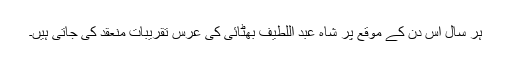
ہر سال اس دن کے موقع پر شاہ عبد اللطیف بھٹائی کی عرس تقریبات منعقد کی جاتی ہیں۔